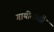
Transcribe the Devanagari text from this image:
गायींसाठी